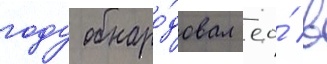
году обнаро́довал ео́ в